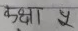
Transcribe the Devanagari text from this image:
कक्षा ५